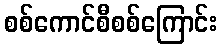
စစ်ကောင်စီစစ်ကြောင်း